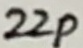
Text: 22p